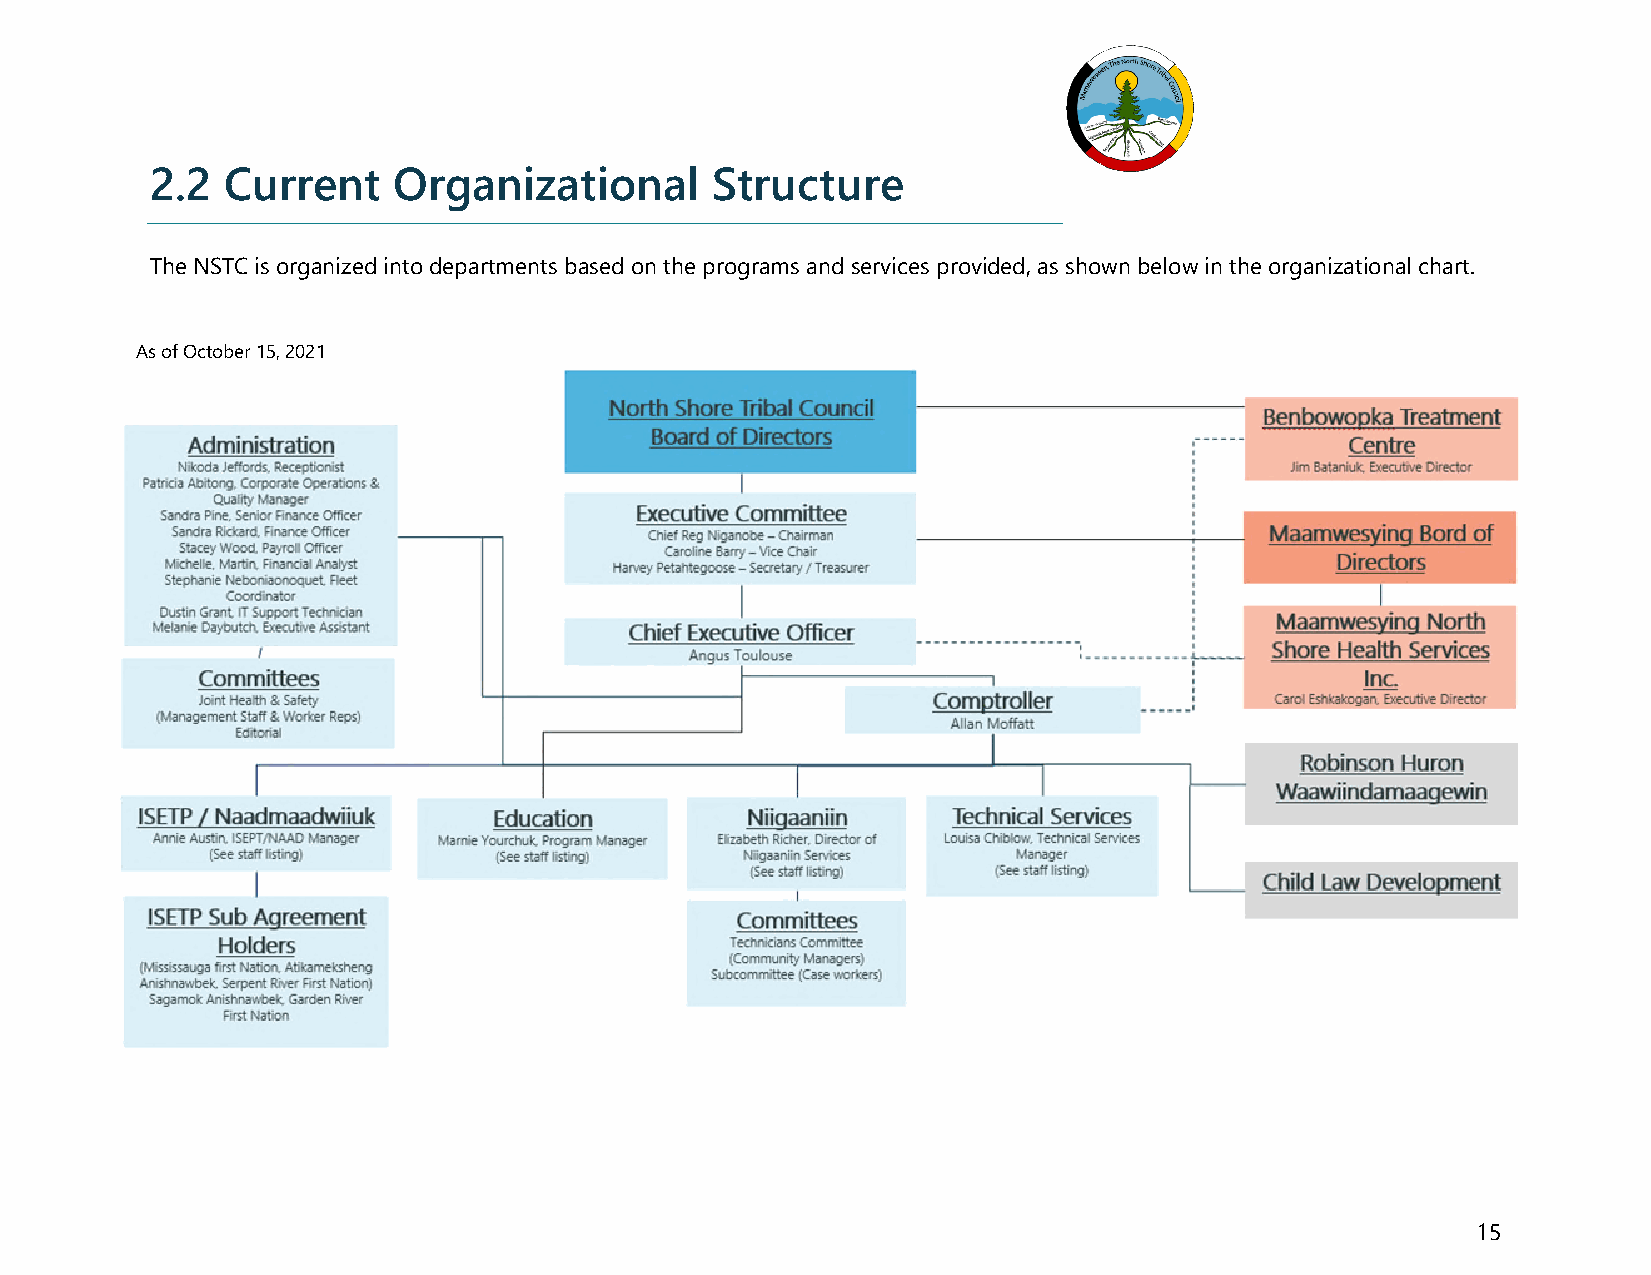
2.2  Current    Organizational       Structure
 The NSTC is organized into departments based on the programs and services provided, as shown below in the organizational chart.
 As of October 15, 2021
 15